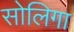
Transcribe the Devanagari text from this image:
सोलिगा